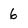
Character: 6